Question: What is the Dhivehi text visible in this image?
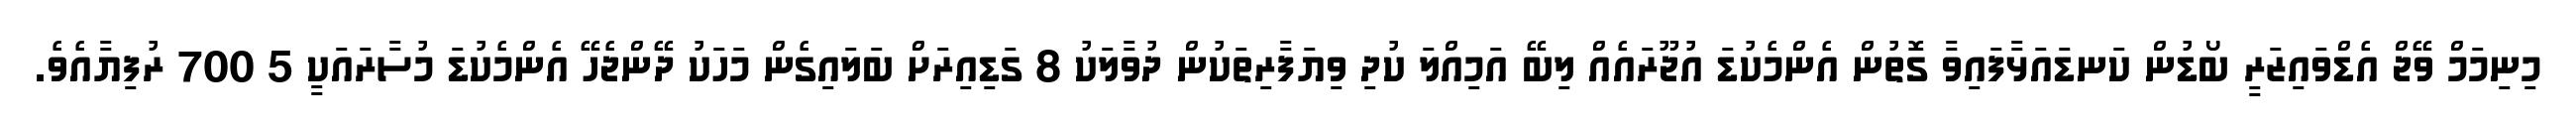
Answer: މިނިމަމް ވޭޖް އެޑްވައިޒަރީ ބޯޑުން ކަނޑައަޅާފައިވާ ގޮތުން އެންމެކުޑަ އުޖޫރައެއް ލިބޭ އަމިއްލަ ކުދި ވިޔަފާރިތަކުން ދުވާލަކު 8 ގަޑިއިރަށް ބަލައިގެން މަހަކު ދޭންޖެހޭ އެންމެކުޑަ މުސާރައަކީ 5 700 ރުފިޔާއެވެ.